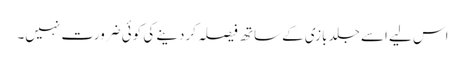
اس لیے اسے جلد بازی کے ساتھ فیصلہ کردینے کی کوئی ضرورت نہیں۔